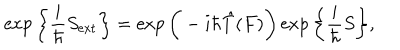
LaTeX: \exp \bigg \{ \frac { i } { \hbar } S _ { \mathrm { e x t } } \bigg \} = \exp \bigg ( - i \hbar \hat { T } ( F ) \bigg ) \exp \bigg \{ \frac { i } { \hbar } S \bigg \} ,